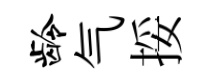
龄气挼